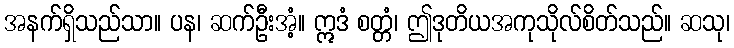
အနက်ရှိသည်သာ။ ပန၊ ဆက်ဦးအံ့။ ဣဒံ စတ္တံ၊ ဤဒုတိယအကုသိုလ်စိတ်သည်။ ဆသု၊